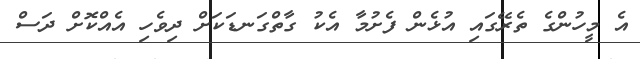
އެ މީހުންގެ ތެރޭގައި އުޅެން ފެށުމާ އެކު ގާތްގަނޑަކަށް ދިވެހި އެއްކޮށް ދަސް